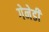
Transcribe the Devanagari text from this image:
गेनेडी